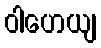
ဝါဟေယျ